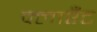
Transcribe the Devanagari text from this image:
क्लाएँट